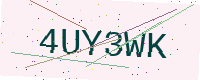
Text: 4UY3WK